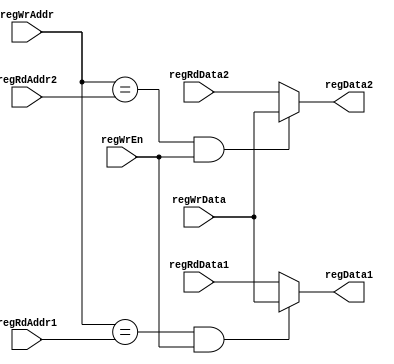
module regFileFW(
input [4:0] regRdAddr1,
input [4:0] regRdAddr2,
input [4:0] regWrAddr,
input [31:0] regWrData,
input [31:0] regRdData1,
input [31:0] regRdData2,
input regWrEn,
output reg [31:0] regData1,
output reg [31:0] regData2);

always @(*)
begin
	if (regWrAddr == regRdAddr1 & regWrEn)
		regData1 = regWrData;
	else
		regData1 =  regRdData1;
end

always @(*)
begin
	if (regWrAddr == regRdAddr2 & regWrEn)
		regData2 = regWrData;
	else
		regData2 =  regRdData2;
end

endmodule